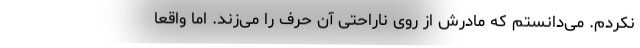
نکردم. می‌دانستم که مادرش از روی ناراحتی آن حرف را می‌زند. اما واقعا